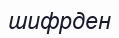
шифрден